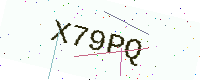
Text: X79PQ